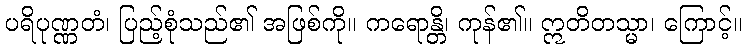
ပရိပုဏ္ဏတံ၊ ပြည့်စုံသည်၏ အဖြစ်ကို။ ကရောန္တိ၊ ကုန်၏။ ဣတိတသ္မာ၊ ကြောင့်။